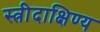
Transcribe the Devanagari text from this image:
स्त्रीदाक्षिण्य